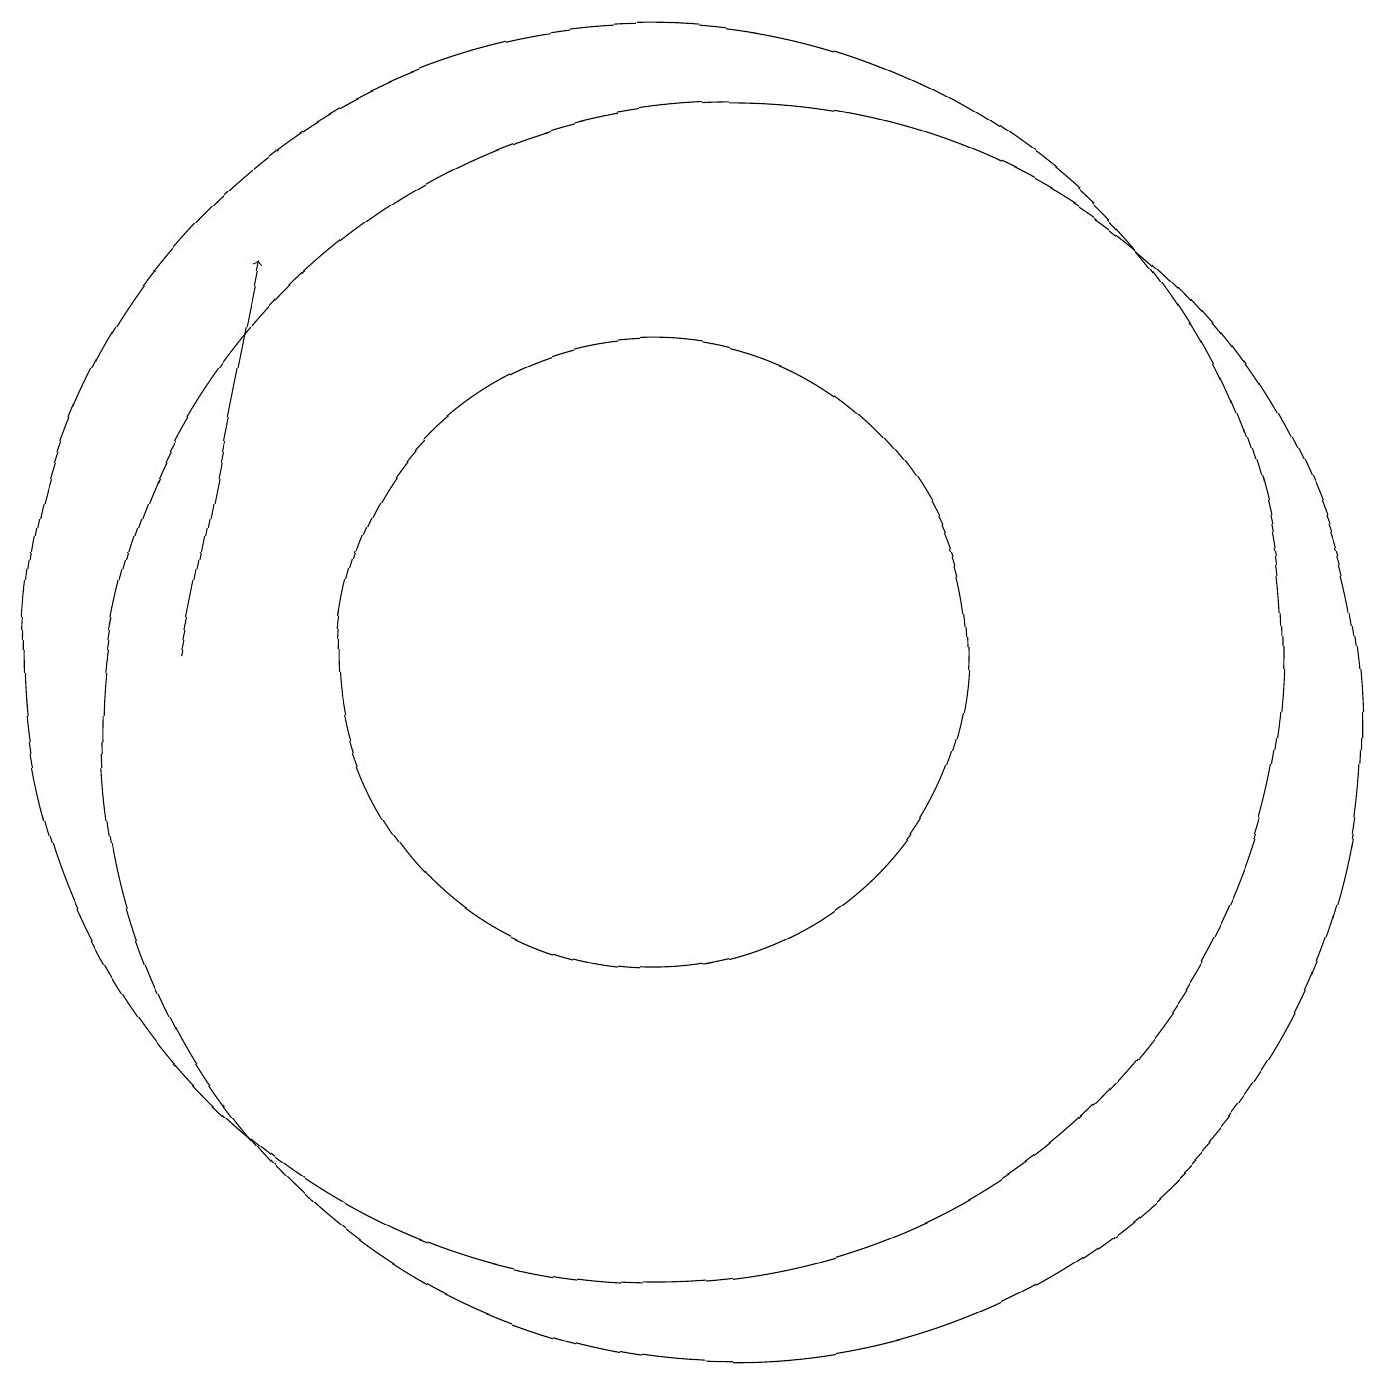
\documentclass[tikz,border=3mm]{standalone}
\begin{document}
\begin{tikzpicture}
\draw[->] (4,11) -- (5,16);
\draw (10,11) circle (4);
\draw (11,10) circle (8);
\draw (10,11) circle (8);
\draw (11,11) circle (0);
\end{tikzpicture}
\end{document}